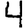
Digit: 4